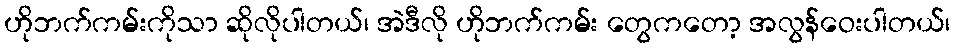
ဟိုဘက်ကမ်းကိုသာ ဆိုလိုပါတယ်၊ အဲဒီလို ဟိုဘက်ကမ်း တွေကတော့ အလွန်ဝေးပါတယ်၊